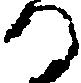
る